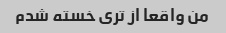
من واقعا از تری خسته شدم